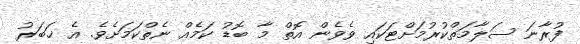
ފުރާނަ ސަލާމަތްކުރުމަށްޓަކައި ވެވެން އޮތް މާ ބޮޑު ކަމެއް ނެތްކަމަށެވެ. އެ ޚަބަރު